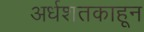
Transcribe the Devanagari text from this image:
अर्धशतकाहून